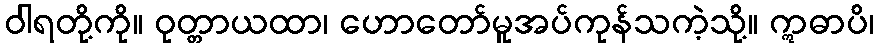
ဝါရတို့ကို။ ဝုတ္တာယထာ၊ ဟောတော်မူအပ်ကုန်သကဲ့သို့။ ဣဓာပိ၊